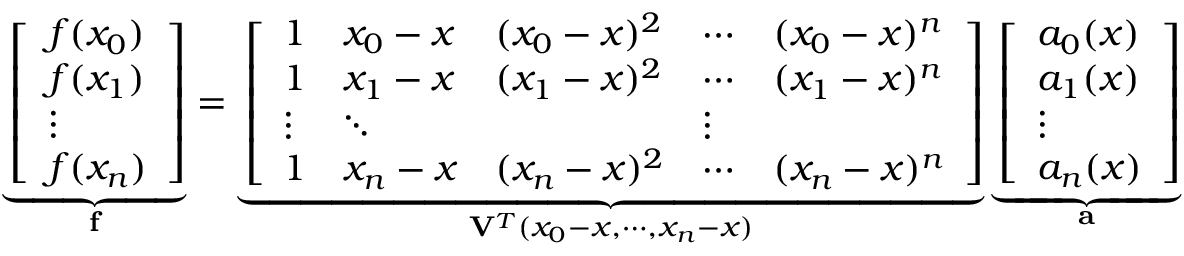
\underbrace { \left[ \begin{array} { l } { f ( x _ { 0 } ) } \\ { f ( x _ { 1 } ) } \\ { \vdots } \\ { f ( x _ { n } ) } \end{array} \right] } _ { \mathbf { f } } = \underbrace { \left[ \begin{array} { l l l l l } { 1 } & { x _ { 0 } - x } & { ( x _ { 0 } - x ) ^ { 2 } } & { \cdots } & { ( x _ { 0 } - x ) ^ { n } } \\ { 1 } & { x _ { 1 } - x } & { ( x _ { 1 } - x ) ^ { 2 } } & { \cdots } & { ( x _ { 1 } - x ) ^ { n } } \\ { \vdots } & { \ddots } & & { \vdots } \\ { 1 } & { x _ { n } - x } & { ( x _ { n } - x ) ^ { 2 } } & { \cdots } & { ( x _ { n } - x ) ^ { n } } \end{array} \right] } _ { \mathbf { V } ^ { T } ( x _ { 0 } - x , \cdots , x _ { n } - x ) } \underbrace { \left[ \begin{array} { l } { a _ { 0 } ( x ) } \\ { a _ { 1 } ( x ) } \\ { \vdots } \\ { a _ { n } ( x ) } \end{array} \right] } _ { \mathbf { a } }